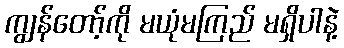
ကျွန်တော့်ကို မယုံမကြည် မရှိပါနဲ့